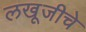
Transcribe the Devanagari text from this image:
लखूजीचे